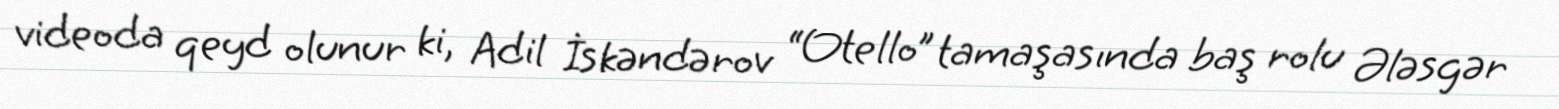
videoda qeyd olunur ki, Adil İskəndərov “Otello” tamaşasında baş rolu Ələsgər